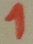
Text: 1